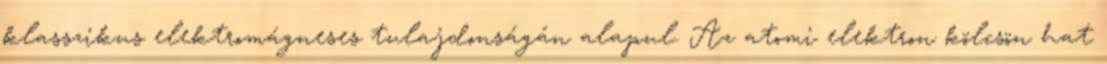
klasszikus elektromágneses tulajdonságán alapul. Az atomi elektron kölcsön hat